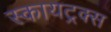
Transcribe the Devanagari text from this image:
स्कायट्रक्स